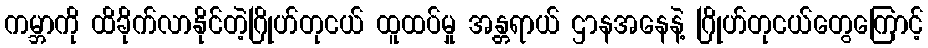
ကမ္ဘာကို ထိခိုက်လာနိုင်တဲ့ဂြိုဟ်တုငယ် ထူထပ်မှု အန္တရာယ် ဌာနအနေနဲ့ ဂြိုဟ်တုငယ်တွေကြောင့်